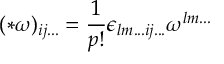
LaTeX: ( * \omega ) _ { i j . . . } = \frac { 1 } { p ! } \epsilon _ { l m . . . i j . . . } \omega ^ { l m . . . }